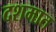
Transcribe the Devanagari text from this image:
दशमात